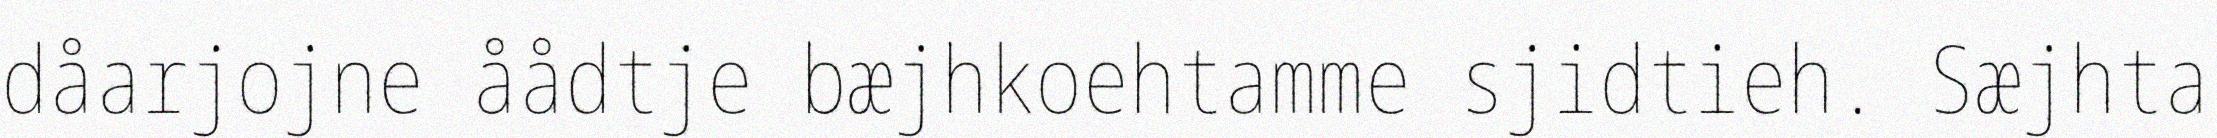
dåarjojne åådtje bæjhkoehtamme sjidtieh. Sæjhta